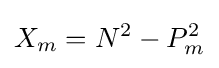
X_{m}=N^{2}-P_{m}^{2}